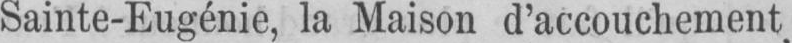
Sainte-Eugénie, la Maison d’accouchement